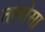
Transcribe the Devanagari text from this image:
तलोसा